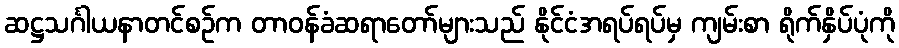
ဆဋ္ဌသင်္ဂါယနာတင်စဉ်က တာဝန်ခံဆရာတော်များသည် နိုင်ငံအရပ်ရပ်မှ ကျမ်းစာ ရိုက်နှိပ်ပုံကို